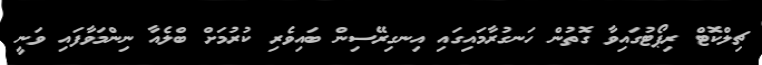
ޗިލްކޮޓް ރިޕޯޓުގައިވާ ގޮތުން ހަނގުރާމައިގައި އިނގިރޭސިން ބައިވެރި ކުރުމަށް ބްލެއާ ނިންމަވާފައި ވަނީ